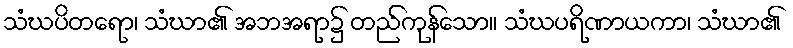
သံဃပိတရော၊ သံဃာ၏ အဘအရာ၌ တည်ကုန်သော။ သံဃပရိဏာယကာ၊ သံဃာ၏